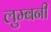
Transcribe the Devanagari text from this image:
लुम्बनी